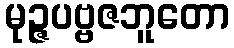
မုဉ္ဇပဗ္ဗဇဘူတော